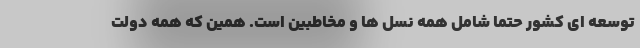
توسعه ای کشور حتما شامل همه نسل ها و مخاطبین است. همین که همه دولت